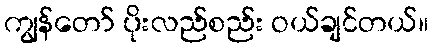
ကျွန်တော် ပိုးလည်စည်း ဝယ်ချင်တယ်။